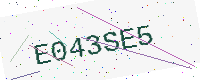
Text: E043SE5